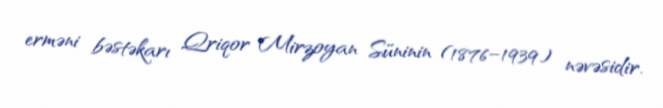
erməni bəstəkarı Qriqor Mirzoyan Süninin (1876–1939) nəvəsidir.